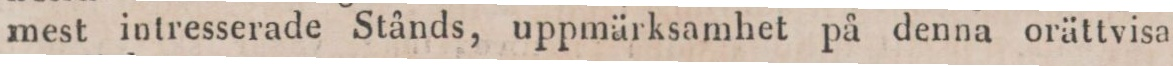
mest intresserade Stånds, uppmärksamhet på denna orättvisa